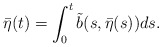
\begin{align*}\bar{\eta}(t)=\int_{0}^{t}\tilde{b}(s,\bar{\eta}(s))ds. \end{align*}